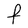
Character: F